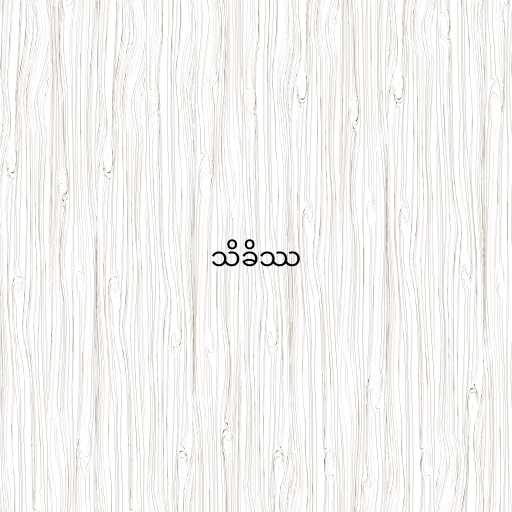
သိခိဿ